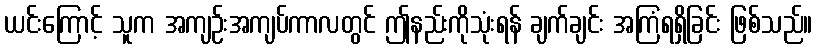
ယင်းကြောင့် သူက အကျဉ်းအကျပ်ကာလတွင် ဤနည်းကိုသုံးရန် ချက်ချင်း အကြံရရှိခြင်း ဖြစ်သည်။